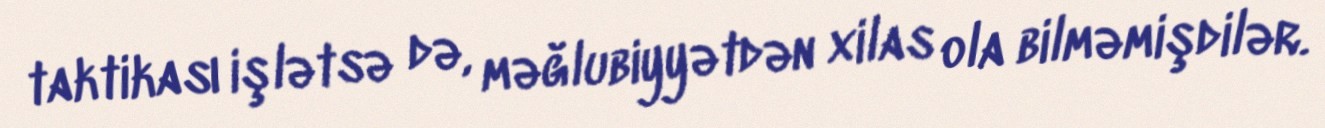
taktikası işlətsə də, məğlubiyyətdən xilas ola bilməmişdilər.